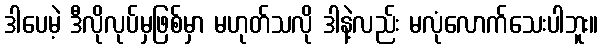
ဒါပေမဲ့ ဒီလိုလုပ်မှဖြစ်မှာ မဟုတ်သလို ဒါနဲ့လည်း မလုံလောက်သေးပါဘူး။